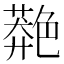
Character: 䒎